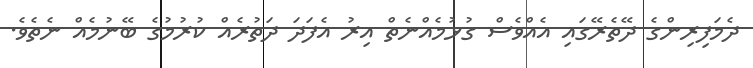
ދެމަފިރިންގެ ދޭތެރޭގައި އެއްވެސް ގުޅުމެއްނެތް އިރު އެފަދަ ދަތުރެއް ކުރުމުގެ ބޭނުމެއް ނެތެވެ.